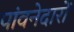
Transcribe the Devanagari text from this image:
पांवनेदारों